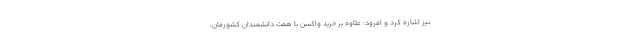
نیز اشاره کرد و افزود: علاوه بر خرید واکسن با همت دانشمندان کشورمان،